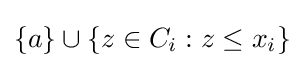
\{a\}\cup \{z\in C_{i}:z\leq x_{i}\}